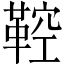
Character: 鞚